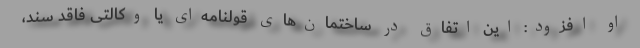
او افزود: این اتفاق در ساختمان‌های قولنامه‌ای یا وکالتی فاقد سند،